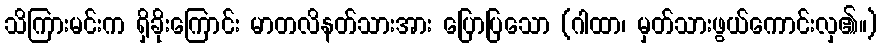
သိကြားမင်းက ရှိခိုးကြောင်း မာတလိနတ်သားအား ပြောပြသော (ဂါထာ၊ မှတ်သားဖွယ်ကောင်းလှ၏။)